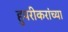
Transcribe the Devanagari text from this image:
हुपरीकरांच्या